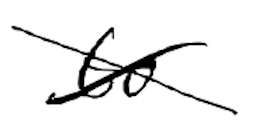
Text: to
Cross-out: cross
Writing tool: digital_black